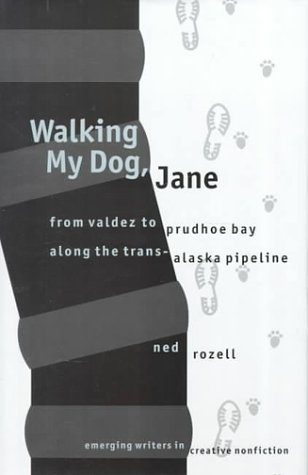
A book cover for Walking My Dog, Jane: From Valdez to Prudhoe Bay Along the Trans-Alaska Pipeline (Emerging Writers in Creative Nonfiction); Ned Rozell; Travel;